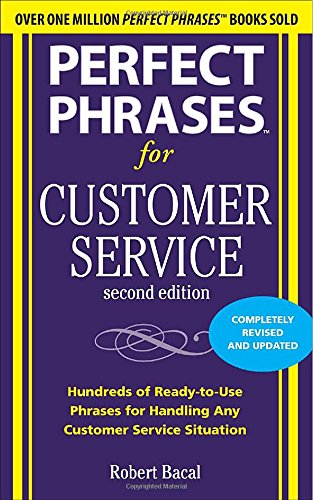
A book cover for Perfect Phrases for Customer Service, Second Edition (Perfect Phrases Series); Robert Bacal; Business & Money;